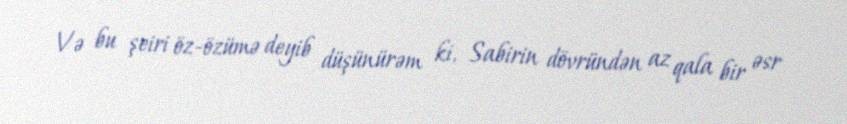
Və bu şeiri öz-özümə deyib düşünürəm ki, Sabirin dövründən az qala bir əsr